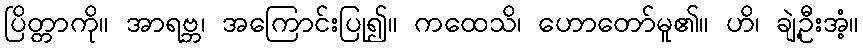
ပြိတ္တာကို။ အာရဗ္ဘ၊ အကြောင်းပြု၍။ ကထေသိ၊ ဟောတော်မူ၏။ ဟိ၊ ချဲ့ဦးအံ့။